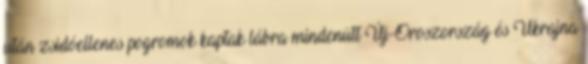
után zsidóellenes pogromok kaptak lábra mindenütt Új-Oroszország és Ukrajna